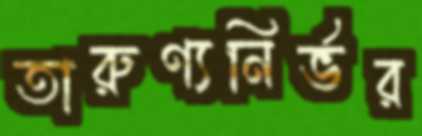
তারুণ্যনির্ভর